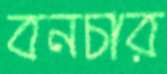
বনচার